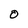
Character: O